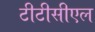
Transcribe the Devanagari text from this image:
टीटीसीएल